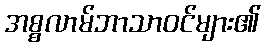
အစ္စလာမ်ဘာသာဝင်များ၏